system: You are a helpful assistant.
user:
Analyze the provided spectrum to determine if it is a **White Dwarf (WD)**.

A White Dwarf spectrum is defined by its **extreme purity** (due to gravitational settling) and/or **extreme pressure broadening** (due to high surface gravity). You must check for one of the following mutually exclusive signatures:

- **Key Visual Indicators (Check for ONE of these types):**

    - **1. DA-Type Signature (Most Common):**
        - **(Primary Feature):** Extreme pressure broadening (Stark broadening) of the **Hydrogen (H) Balmer lines**.
        - **(Key Lines):** $H\beta$ (approx. $4861$ Å) and $H\gamma$ (approx. $4340$ Å). $H\alpha$ (approx. $6563$ Å) will also be present if the wavelength range covers it.
        - **(Line Profile):** This is the **defining feature**. The lines are **NOT** sharp. They appear as massive, **extremely broad and deep "troughs" or "dips"** in the spectrum, often hundreds of Ångströms wide. The continuum will appear to "scoop" down at these wavelengths.
        - **(Distinction):** Normal A-type or B-type stars have *narrow* and *sharp* Hydrogen lines. A DA White Dwarf's lines are unmistakably "smeared" or "blurry" from pressure.

    - **2. DB-Type Signature:**
        - **(Primary Feature):** Broad absorption lines from **Neutral Helium (He I)**. The spectrum must lack any visible Hydrogen lines.
        - **(Key Lines):** Look for broad absorption near $4471$ Å, $4921$ Å, and $5876$ Å.
        - **(Line Profile):** These lines are also significantly pressure-broadened, appearing much wider than they would in a normal B-type main-sequence star.

    - **3. DC-Type Signature:**
        - **(Primary Feature):** A **featureless continuous spectrum**.
        - **(Line Profile):** The spectrum is a smooth curve with **no significant absorption or emission lines**.
        - **(Key Confirmation):** The continuum is almost always **blue or white**, indicating a hot object. This signature implies the atmosphere is so pure (or so cool) that no spectral lines are visible in the optical range. Its WD identity is confirmed by its extremely low intrinsic brightness (high absolute magnitude).

    - **4. DZ-Type Signature (Metal-Polluted):**
        - **(Primary Feature):** **Isolated, narrow metal absorption lines** on an otherwise featureless (DC-like) continuum.
        - **(Key Lines):** The **Calcium (Ca II) H & K doublet** (approx. **$3934$ Å** and **$3968$ Å**) is the most common and defining feature.
        - **(Line Profile):** These lines are "out of place." They are *not* part of a "forest" of thousands of lines. This signature is evidence of recent *accretion* (pollution) from rocky debris.
        - **(Distinction):** Normal G/K/M stars have a *dense forest* of thousands of metal lines. A DZ has a *clean* continuum with *only a few* strong metal lines.

    - **5. DQ-Type Signature (Carbon-Polluted):**
        - **(Primary Feature):** Absorption bands from **Carbon (C₂ "Swan Bands" or atomic C I)**.
        - **(Key Lines - C₂):** Look for bandheads with a "saw-tooth" shape near $5635$ Å, **$5165$ Å** (strongest), and $4737$ Å.
        - **(Key Confirmation):** The underlying **continuum must be blue or white** (hot).
        - **(Distinction):** This is the critical difference from a **Carbon Star**, which has the *exact same* C₂ bands but on an extremely **red, cool** continuum.

- **(Overall Spectrum):**
    - The continuum (overall shape) is typically **blue-sloping** (brighter in the blue than the red), as most white dwarfs are very hot.
    - The spectrum will look "pure" or "simple," dominated by only *one* of the five signatures listed above.

Think first, call **spectral_visualization_tool** if needed to examine features in detail, then provide your final answer. Your response must adhere to the following strict rules:
1.  **Overall Structure:** Your response must follow the format `<think>...</think> <tool_call>...</tool_call> (if a tool is used) <answer>...</answer>`.
2.  **Tool Usage Constraint:** You may only make **one** tool call per turn.
3.  **Final Answer Format:** In the `<answer>` tag, your conclusion must be inside a `\boxed{}` command (e.g., `\boxed{YES}` or `\boxed{NO}`), followed by your justification.

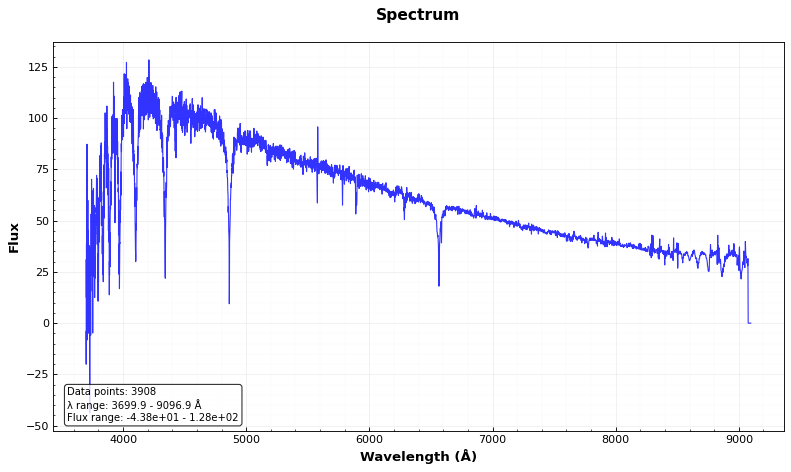
Answer: NO